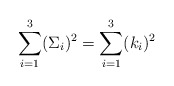
\begin{align*}\sum_{i=1}^3 (\Sigma_i)^2 = \sum_{i=1}^3 (k_i)^2\end{align*}